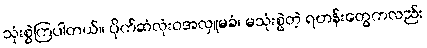
သုံးစွဲကြပါတယ်။ ပိုက်ဆံလုံးဝအလှူမခံ၊ မသုံးစွဲတဲ့ ရဟန်းတွေကလည်း